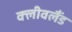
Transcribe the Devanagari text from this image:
क्‍लीवलैंड